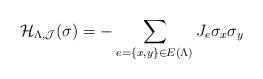
LaTeX: \begin{align*} \mathcal{H}_{\Lambda, \mathcal{J}}(\sigma) = -\sum_{e=\{x,y\} \in E( \Lambda ) } J_{e} \sigma_x \sigma_y\end{align*}